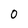
Character: 0